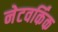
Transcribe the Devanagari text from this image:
नेटवर्किंक